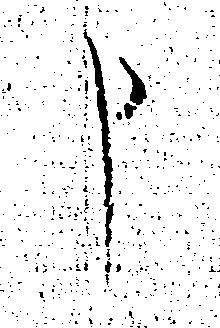
申